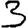
Digit: 3